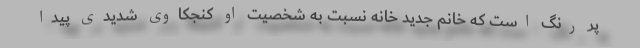
پر رنگ است که خانم جدید خانه نسبت به شخصیت او کنجکاوی شدیدی پیدا